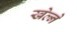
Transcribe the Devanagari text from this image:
खेल्ने